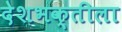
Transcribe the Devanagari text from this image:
देशभक्तीला